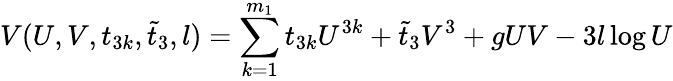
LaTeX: V(U,V,t_{3k},\tilde{t}_{3},l)=\sum_{k=1}^{m_{1}}t_{3k}U^{3k}+\tilde{t}_{3}V^{3}+gUV-3l\log U